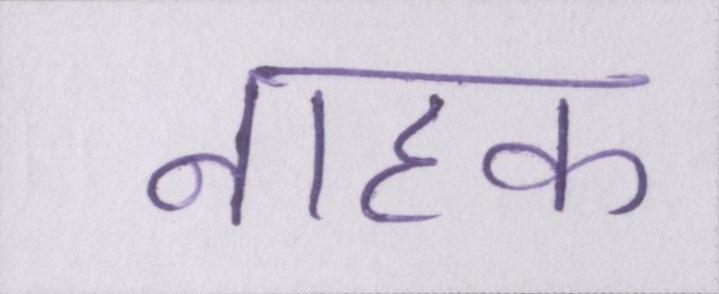
नाहक